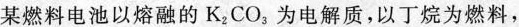
某燃料电池以熔融的K_{2}CO_{3}为电解质，以丁烷为燃料，